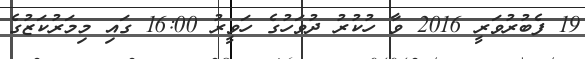
19 ފެބުރުވަރީ 2016 ވާ ހުކުރު ދުވަހުގެ ހަވީރު 16:00 ގައި މިމަރުކަޒުގެ